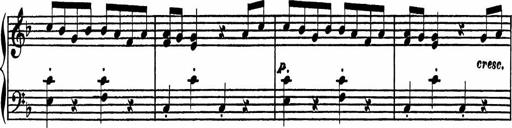
Title: 4 Piano Sonatinas
Composer: Adam Geibel